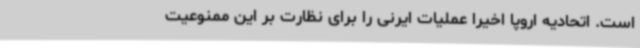
است. اتحادیه اروپا اخیراً عملیات ایرنی را برای نظارت بر این ممنوعیت